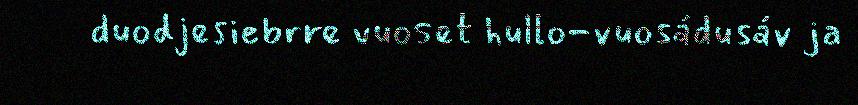
duodjesiebrre vuoset hullo-vuosádusáv ja